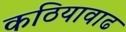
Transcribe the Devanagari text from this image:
कठियावाढ